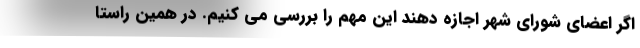
اگر اعضای شورای شهر اجازه دهند این مهم را بررسی می کنیم. در همین راستا